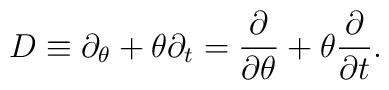
D \equiv  \partial_\theta + \theta \partial_t   = \frac{\partial}{\partial \theta} + \theta \frac{\partial}   {\partial t}.